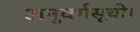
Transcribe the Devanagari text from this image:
अनुवर्गसूची।